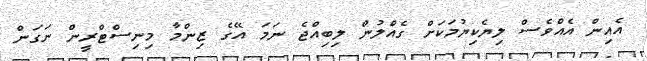
އެއިން އެއްވެސް ލިޔެކިޔުމަކަށް ގެއްލުން ލިބިއްޖެ ނަަމަ އޭގެ ޒިންމާ މިނިސްޓްރީން ނަގަން